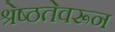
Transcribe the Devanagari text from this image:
श्रेष्ठतेवरून